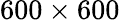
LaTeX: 600\times 600